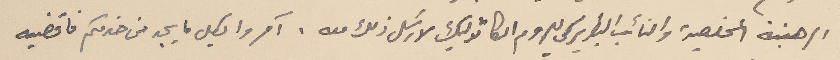
الرهبنة المخلصية والنائب البطريركي للروم الكاثوليك لارسَل ذلك معه. آمروا بكل ما يجد من خدمكم فاقضيه